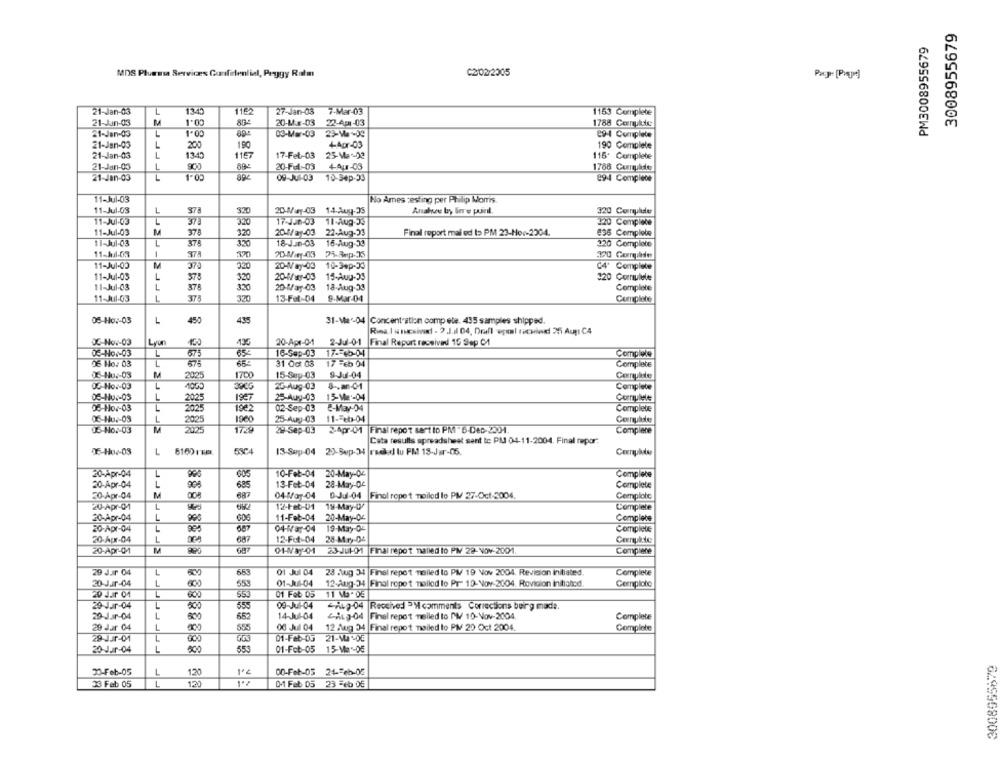
3008955679
PM3008955679
MDS Plumasa Serviræs Confidential, Peggy Ram
C2/02/2005
21-Jan-03
L
1340
1162
27-Jan-03 7-Mar-03
1153 Complete
21-Jun-03
M
1.00
20-Mar-03
22-AF1-03
1788 Complete
21-Jan-03
1.00
03-Mer-03
29-4 Complete
21-Jan-03
L
200
180
+-Apr-03
190 Complete
21-Jan-03
L
1343
1167
17-Fel-03
25-Ma -- 03
115- Complete
21-Jan-03
L
20-Ful-03 +Aur-03
1788 Currplde
21-Jan-03
09-Jul-03
10-54p-33
29-4 Complece
11-Jul-03
No Ames zesting per Philip Morris
11-Jul-63
L
33
20-May-03 14-Auy-35
Anahue by lere puinl.
320 Corrplder
11-Jul-03
L
17-350-03
11-Aug-35
375
120 Compiece
11-Jul-03
M
378
32
20-W/ay-03
22-Aug-33
Final report mal ed to PM 23-Nov-2204.
436 Complete
11-Jul-03
L
374
18-Jun-03
16-Aug-39
320 Complete
1
37
25-Rep-35
11-Jul-03
M
375
20-May-03
10-3+p-33
C4º Complete
57
11-Jul-05
L
320
20-May-03
15-Aug-35
320 Cornulele
11-Jul-03
L
375
320
20-May-03
18-Aug-33
Complete
11-Jul-03
L
320
13-Fel-04
9-Mar-04
Conplate
L
450
31-Mar-04 |Concentration comp ete. 435 samples shipped.
05-H02-03
435
Rina I unsivt - 2 .J.il 04, Drall epal racwiedl 25 Aun C4
OC-Nov-03
Lyon
20-Apr-0-1
2-Jul-0-1
Final Report received 15 Sep Cf
OS-Hoc-03
1
573
65-
16-Sep-03 174-45-04
Complete
06 Ho: 03
575
650
31 Oct 03
17 -6b 94
Complete
X-Hu .- 03
M
1700
9-Jul-04
2025
15-Sup-03
Conplate
OG-Ho .- 03
L
1000
25-Aug-03
3 -. an-01
Complete
05-HUG-03
1957
L
2025
25-Aug-03 15-Mar-04
05-Ho7-03
L
2025
19€2
02-Sep-03
C-May-04
Complete
OS-Hu .- 03
L
1960
25-Aug-03 11-Feb-04
2025
MA
2025
1729
29-Sep-03 2-Apr-01 Final report sert to PM - 6-Dec-2004
Complece
Cata results spreadsheet sent to PM 04-11-2004. Final nepor:
75-H02-03
L
6160 ITE
13-Sep-04 20-Sep-34 |redked lu PM 18-Jar-06.
20-Apr-04
L
10-Feb-04
20-May-02
Complete
20-Apr-04
L
13-Feb-04
28-May-04
Complete
30-Apr-04
M
04-May-04
0-Jul-04 Finol repet mailed lo PM 27-Oct-3004.
Complotc
20-Apr-01
L
-
12-Feb-01
19-May-0/
Complete
20-Apr-04
L
11-Feb-04
20-May-04
Complete
20-Apr-04
L
04-War-04
19-May-OF
Complete
20-Apr-04
L
12-Fct-04
28-Mry-04
20-Apr-01
23-JUL-MI Final report nalled to PM 22-NOV-2001.
Compiere
29 Jur 04
L
01 Jul 04
23 fug 34 Final repet nailed to PM 19 Nov 2004. Revision initiated.
Complete
20-Jur-04
1
55
01-Jul-04
12-Aug-34 Final repet nellod lo PT" 19-Nov-2004. Revision Initiated.
Cernploto
20 Jur 01
L
55
01 Feb 05
11 Ma . DE
29-Jur-04
L
355
09-Jul-04
"AL)-04 |Received =Mcomments Corrections being made.
29-Jar-04
L
65
14-Jul-04
4-A1 3-04 |Final report melled to PM 10-Nov-2004.
Complete
29 Jur 04
L
009
55
00 Jul 04
12 Aug 34 Final report nailed lo PM 20 Oct 2004.
Complete
29-Jur-01
L
01-Feb-05
21-VI -05
L
55
20-Jur-04
01-Feb-05
15-Ma -05
2-Feb-05
L
120
1º℃
00-Feb-03 24 -- cb-05
23 Feb 05
L
0.1 Feb 05 23 Feb 05
629956800₺